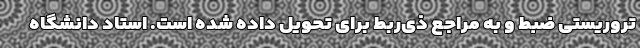
تروریستی ضبط و به مراجع ذی‌ربط برای تحویل داده شده است. استاد دانشگاه